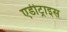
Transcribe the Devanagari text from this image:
एडीट्राइस